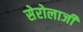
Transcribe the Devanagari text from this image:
सेरोलाजी